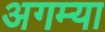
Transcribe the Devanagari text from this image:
अगम्या